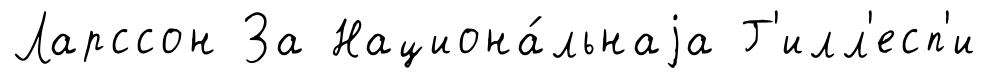
Ларссон За Национа́льнаjа Г'илл'есп'и